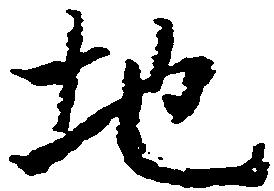
地